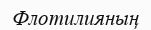
Флотилияның